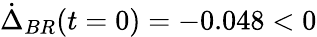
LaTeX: \dot{\Delta}_{BR}(t=0)=-0.048<0